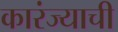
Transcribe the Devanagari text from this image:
कारंज्याची